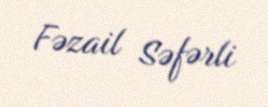
Fəzail Səfərli